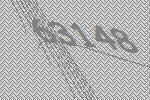
63148